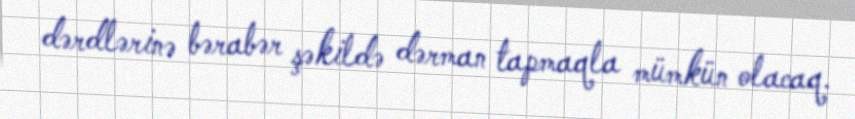
dərdlərinə bərabər şəkildə dərman tapmaqla mümkün olacaq.